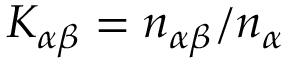
K _ { \alpha \beta } = n _ { \alpha \beta } / n _ { \alpha }